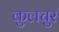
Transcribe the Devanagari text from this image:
कुलचुर